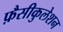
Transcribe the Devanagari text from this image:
फ़ैसीकुलेशन